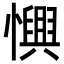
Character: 𢣹